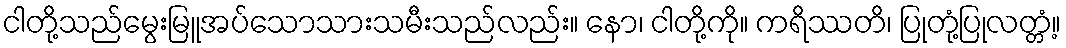
ငါတို့သည်မွေးမြူအပ်သောသားသမီးသည်လည်း။ နော၊ ငါတို့ကို။ ကရိဿတိ၊ ပြုတုံ့ပြုလတ္တံ့။